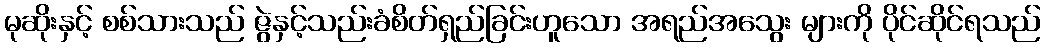
မုဆိုးနှင့် စစ်သားသည် ဇွဲနှင့်သည်းခံစိတ်ရှည်ခြင်းဟူသော အရည်အသွေး များကို ပိုင်ဆိုင်ရသည်